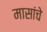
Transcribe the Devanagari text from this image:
मासांचे